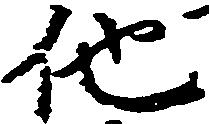
他